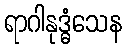
ရာဂါနုဒ္ဓံသေန